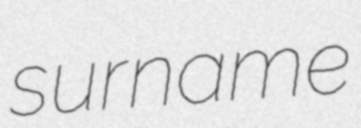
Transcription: surname